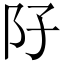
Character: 䦻